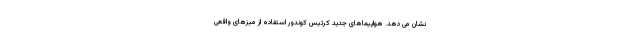
نشان می دهد. هواپیماهای جدید کرتیس کوندور استفاده از میزهای واقعی